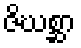
ဇိဃစ္ဆာ